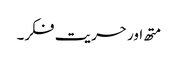
متھ اور حریت فکر۔